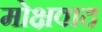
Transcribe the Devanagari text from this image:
मोक्षवाद